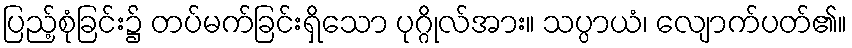
ပြည့်စုံခြင်း၌ တပ်မက်ခြင်းရှိသော ပုဂ္ဂိုလ်အား။ သပ္ပာယံ၊ လျောက်ပတ်၏။